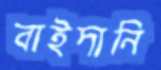
বাইদানি